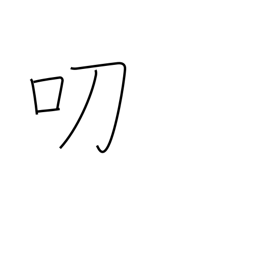
Meaning: graciously